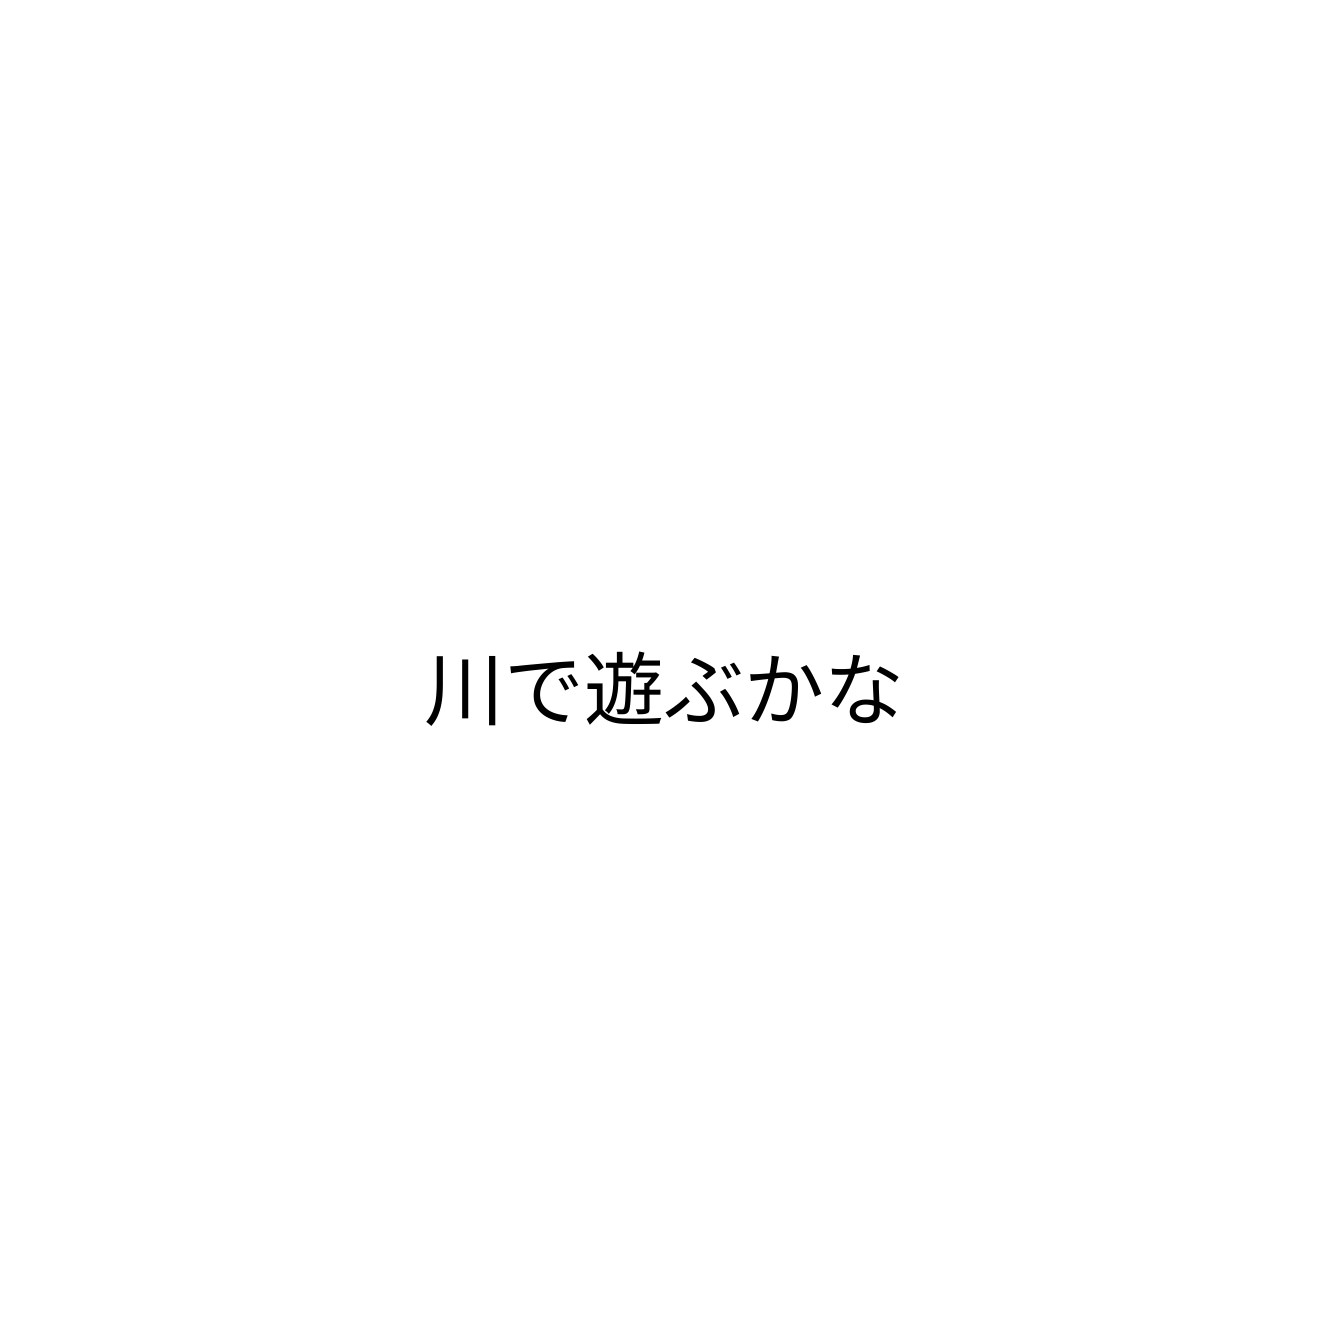
川で遊ぶかな